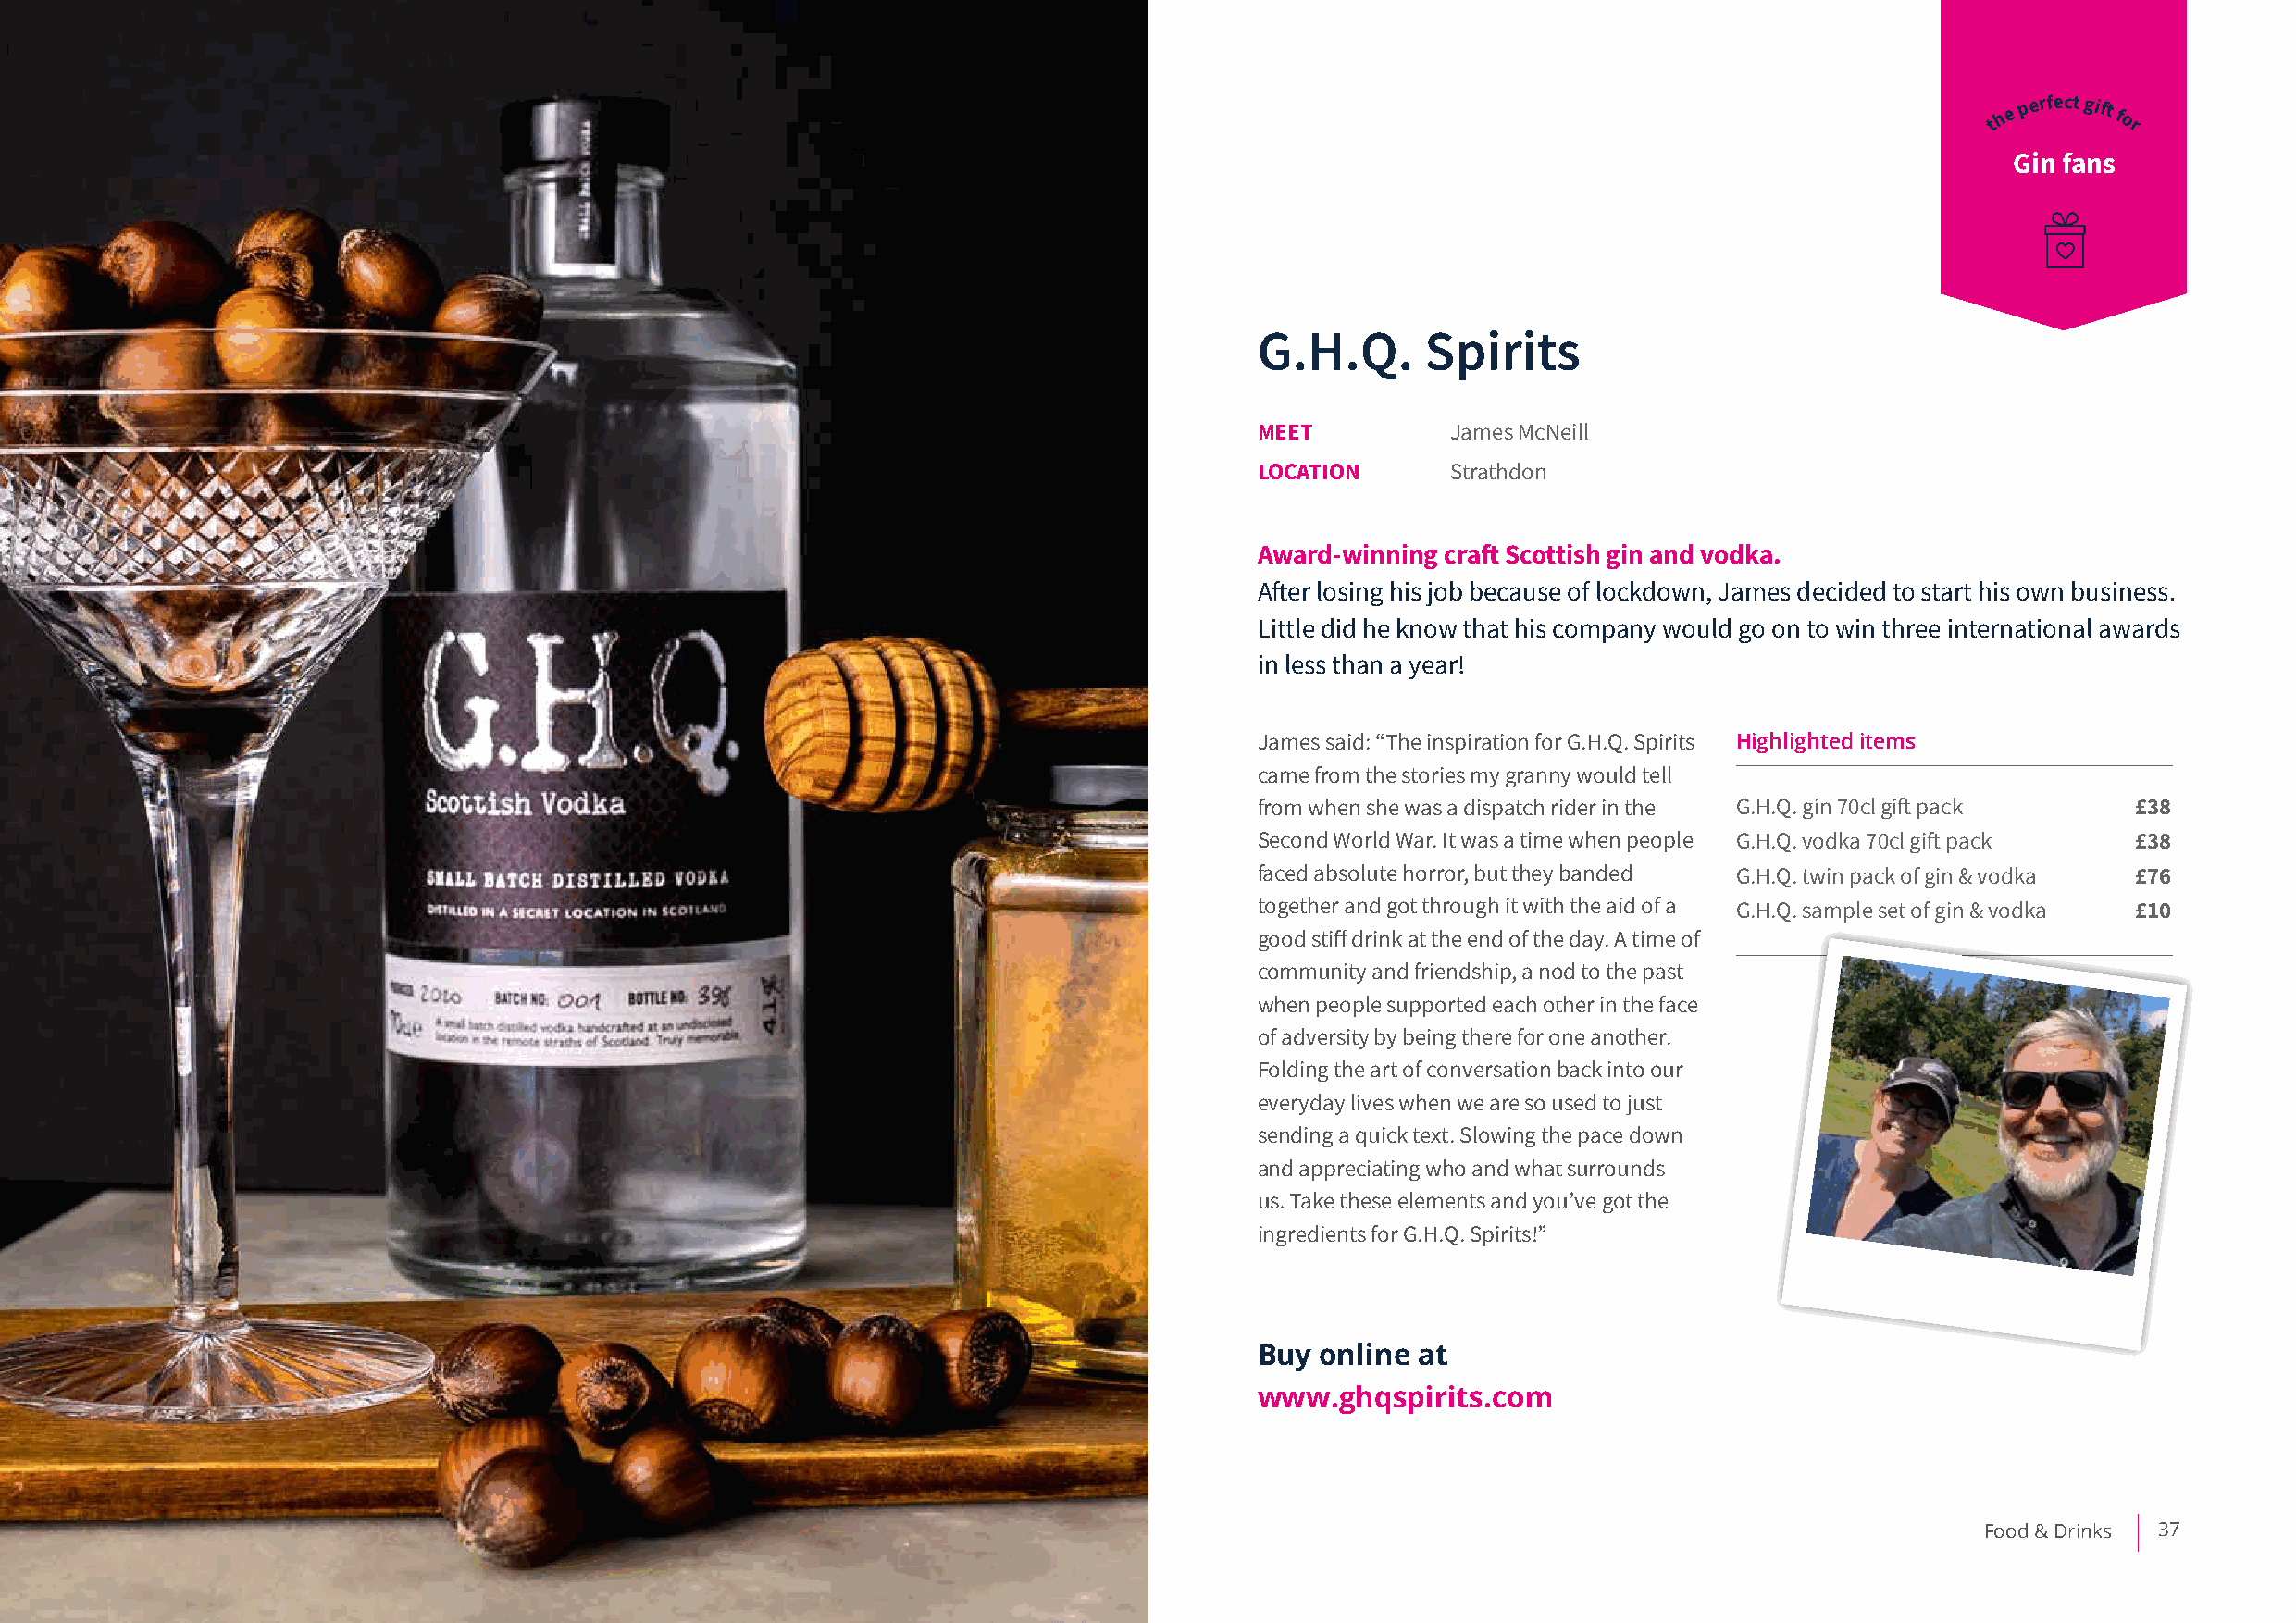
th e p erfect gift for
 Gin fans
 G.H.Q.      Spirits
 MEET          James McNeill
 LOCATION      Strathdon
 Award-winning craft Scottish gin and vodka.
 After losing his job because of lockdown, James decided to start his own business.
 Little did he know that his company would go on to win three international awards
 in less than a year!
 James said: “The inspiration for G.H.Q. Spirits Highlighted items
 came from the stories my granny would tell
 from when she was a dispatch rider in the G.H.Q. gin 70cl gift pack £38
 Second World War. It was a time when people G.H.Q. vodka 70cl gift pack £38
 faced absolute horror, but they banded G.H.Q. twin pack of gin & vodka £76
 together and got through it with the aid of a G.H.Q. sample set of gin & vodka £10
 good stiff drink at the end of the day. A time of
 community and friendship, a nod to the past
 when people supported each other in the face
 of adversity by being there for one another.
 Folding the art of conversation back into our
 everyday lives when we are so used to just
 sending a quick text. Slowing the pace down
 and appreciating who and what surrounds
 us. Take these elements and you’ve got the
 ingredients for G.H.Q. Spirits!”
 Buy online at
 www.ghqspirits.com
 Food & Drinks 37